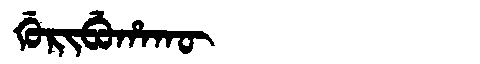
Manchu: ᡤᡠᡵᡳᠪᡠᡥᠠᡴᡡ
Romanization: GURIBUHAKŪ